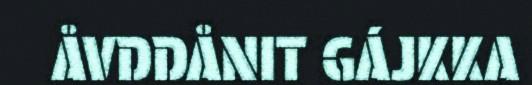
ÅVDDÅNIT GÁJKKA